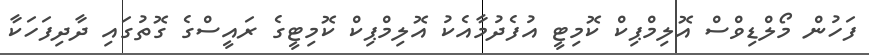
ފަހުން މޯލްޑިވްސް އޮލިމްޕިކް ކޮމިޓީ އުފެދުމާއެކު އޮލިމްޕިކް ކޮމިޓީގެ ރައީސްގެ ގޮތުގައި ދާދިފަހަކާ